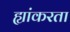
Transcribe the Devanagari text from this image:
ह्यांकरता